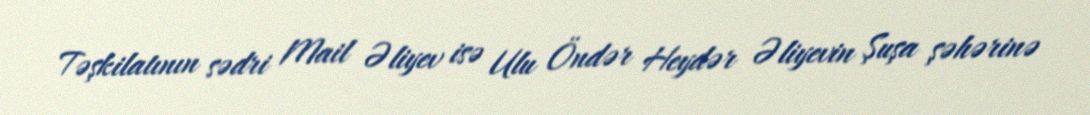
Təşkilatının sədri Mail Əliyev isə Ulu Öndər Heydər Əliyevin Şuşa şəhərinə